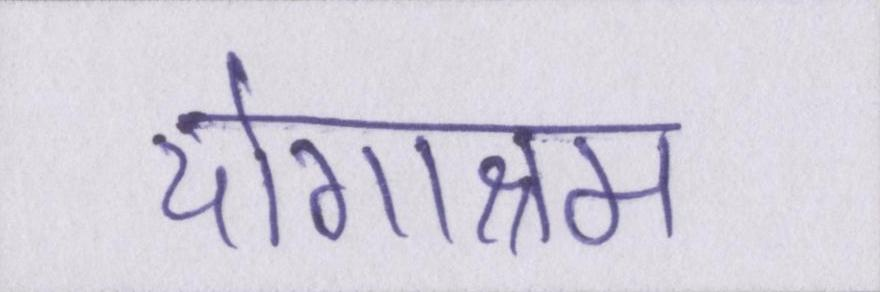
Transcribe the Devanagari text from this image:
योगाश्रम